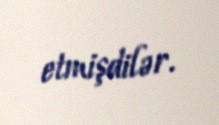
etmişdilər.